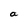
Character: a